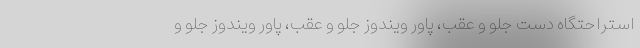
استراحتگاه دست جلو و عقب، پاور ویندوز جلو و عقب، پاور ویندوز جلو و